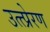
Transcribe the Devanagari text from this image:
उत्त्प्रेरण